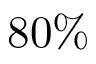
8 0 \%